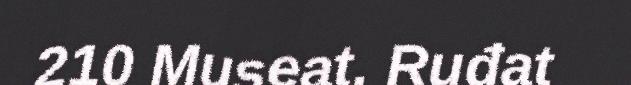
210 Museat. Ruđat